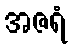
အဇရံ